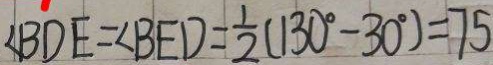
\angle B D E = \angle B E D = \frac { 1 } { 2 } ( 1 3 0 ^ { \circ } - 3 0 ^ { \circ } ) = 7 5